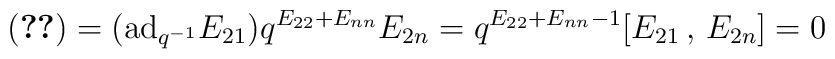
(\ref{2})=({\rm ad}_{q^{-1}}E_{21})q^{E_{22}+E_{nn}}E_{2n}=q^{E_{22}+E_{nn}-1}[E_{21}\,,\,E_{2n}]=0